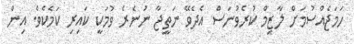
ހަމަޖެއްސުމަށް ލާޒިމް ކުރެވުނަސް އެދެވޭ ނަތީޖާ ނުނެރެ ވުމަކީ ކައިރި ކަމެކެވެ. އިން